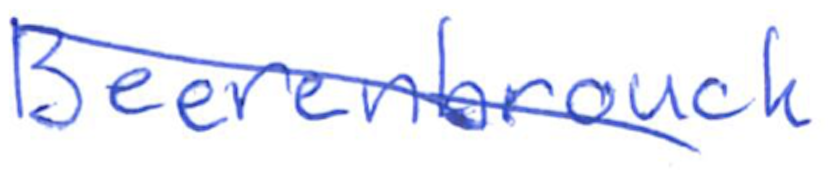
Text: Beerenbrouck
Cross-out: mix
Writing tool: ballpoint